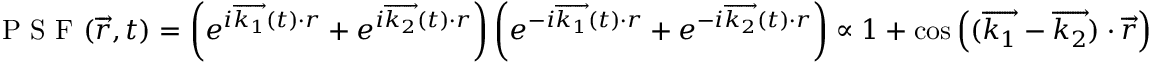
\textrm { P S F } ( \overrightarrow { r } , t ) = \left( e ^ { i \overrightarrow { k _ { 1 } } ( t ) \cdot r } + e ^ { i \overrightarrow { k _ { 2 } } ( t ) \cdot r } \right) \left( e ^ { - i \overrightarrow { k _ { 1 } } ( t ) \cdot r } + e ^ { - i \overrightarrow { k _ { 2 } } ( t ) \cdot r } \right) \propto 1 + \cos \left( ( \overrightarrow { k _ { 1 } } - \overrightarrow { k _ { 2 } } ) \cdot \overrightarrow { r } \right)